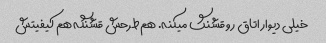
خیلی دیوار اتاق رو قشنگ میکنه. هم طرحش قشنگه هم کیفیتش